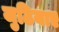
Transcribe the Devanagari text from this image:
जुठियाए